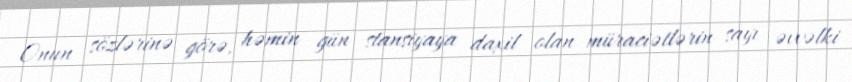
Onun sözlərinə görə, həmin gün stansiyaya daxil olan müraciətlərin sayı əvvəlki